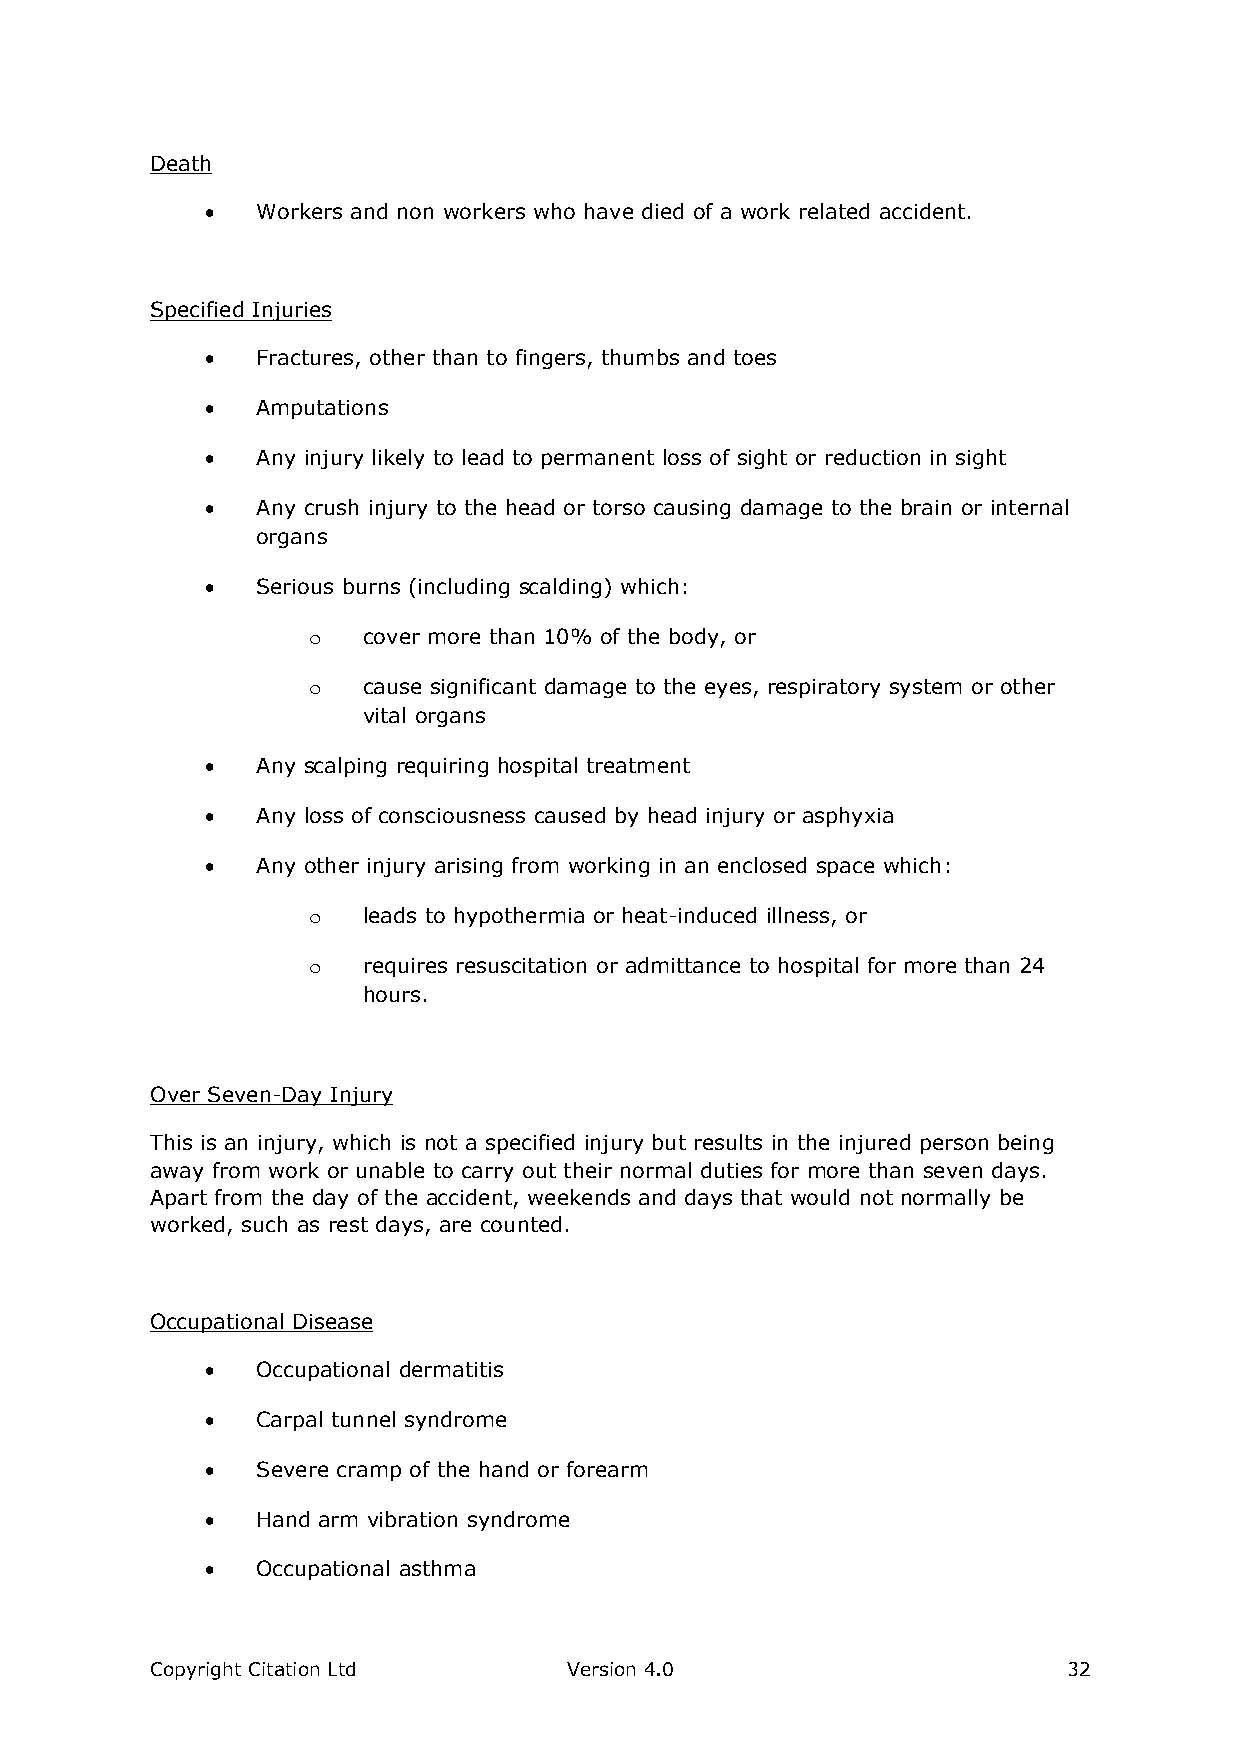
Death
   Workers and non workers who have died of a work related accident.
 Specified Injuries
   Fractures, other than to fingers, thumbs and toes
   Amputations
   Any injury likely to lead to permanent loss of sight or reduction in sight
   Any crush injury to the head or torso causing damage to the brain or internal
 organs
   Serious burns (including scalding) which:
 o   cover more than 10% of the body, or
 o   cause significant damage to the eyes, respiratory system or other
 vital organs
   Any scalping requiring hospital treatment
   Any loss of consciousness caused by head injury or asphyxia
   Any other injury arising from working in an enclosed space which:
 o   leads to hypothermia or heat-induced illness, or
 o   requires resuscitation or admittance to hospital for more than 24
 hours.
 Over Seven-Day Injury
 This is an injury, which is not a specified injury but results in the injured person being
 away from work or unable to carry out their normal duties for more than seven days.
 Apart from the day of the accident, weekends and days that would not normally be
 worked, such as rest days, are counted.
 Occupational Disease
   Occupational dermatitis
   Carpal tunnel syndrome
   Severe cramp of the hand or forearm
   Hand arm vibration syndrome
   Occupational asthma
 Copyright Citation Ltd      Version 4.0                      32